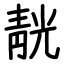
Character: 靗